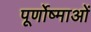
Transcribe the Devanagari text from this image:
पूर्णोष्माओं